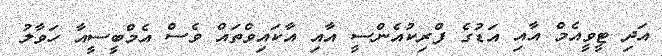
އަދި ޓީވީއެމް އާއި އަޑުގެ ފްރިކުއެންސީ އާއި އާކައިވްތައް ވެސް އެމްބީސީއާ ހަވާލު